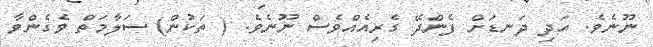
ނޫނެވެ. އަދި ދަނޑަށް ފެންދޭ ގެރިއެއްވެސް ނޫނެވެ. ( ތަކުން) ސަލާމަތް ވެގެންވާ